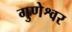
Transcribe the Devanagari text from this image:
गुणेश्वर